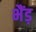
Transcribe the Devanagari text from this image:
भैंड़